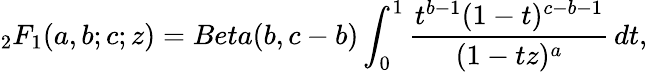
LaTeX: _2F_{1}(a,b;c;z)=Beta(b,c-b)\int_{0}^{1}\frac{t^{b-1}(1-t)^{c-b-1}}{(1-tz)^{a}}\, dt,